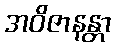
အဝိဇာနန္တာ